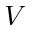
V